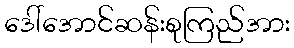
ဒေါ်အောင်ဆန်းစုကြည်အား